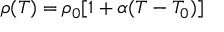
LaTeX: \rho ( T ) = \rho _ { 0 } [ 1 + \alpha ( T - T _ { 0 } ) ]